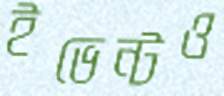
ইভেন্টও